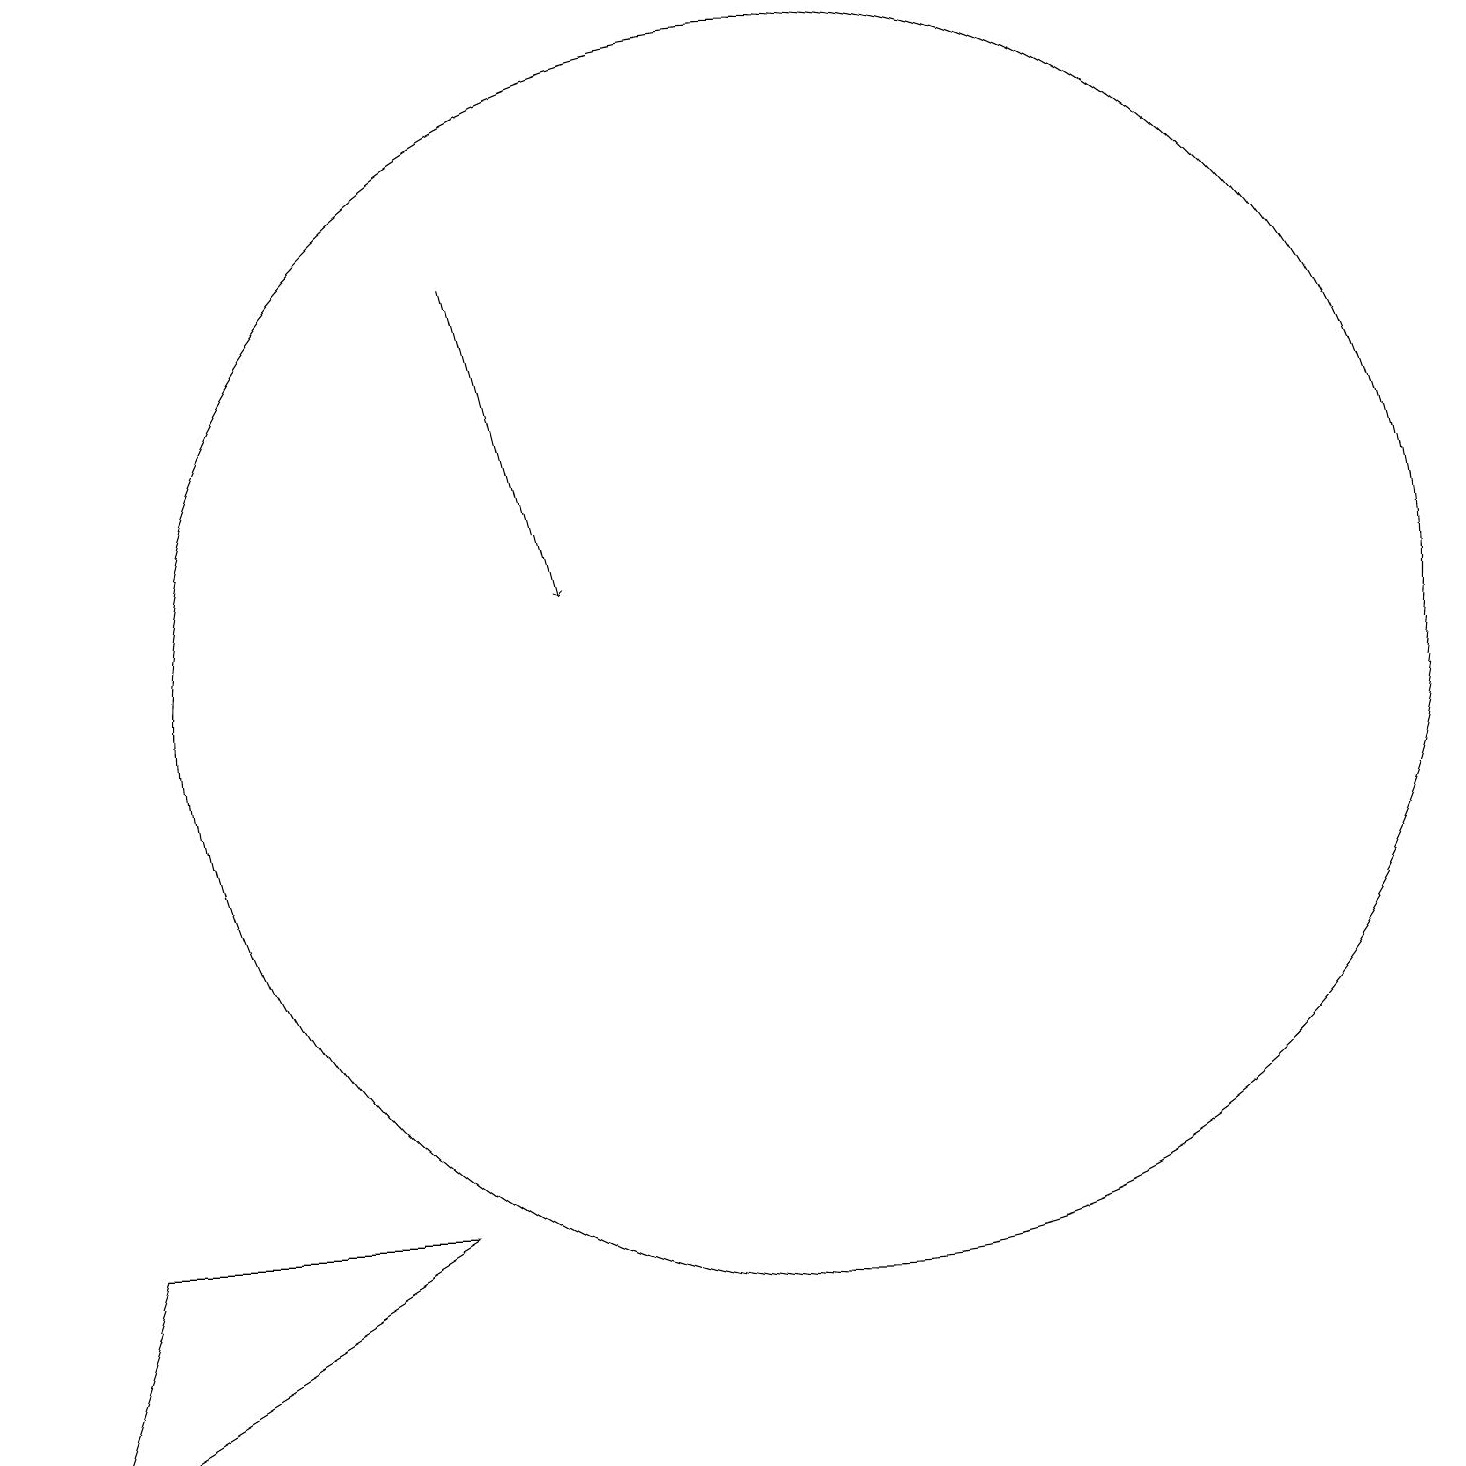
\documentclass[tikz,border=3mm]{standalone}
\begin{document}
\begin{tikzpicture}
\draw (5,3) -- (0,0) -- (1,3) -- cycle;
\draw[->] (6,15) -- (7,11);
\draw (10,10) circle (8);
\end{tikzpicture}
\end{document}